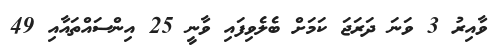
ވާއިރު 3 ވަނަ ދަރަޖަ ކަމަށް ބެލެވިފައި ވާނީ 25 އިންސައްތައާއި 49